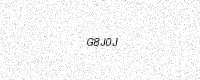
Text: G8J0J